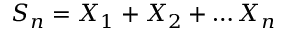
S _ { n } = X _ { 1 } + X _ { 2 } + \dots X _ { n }